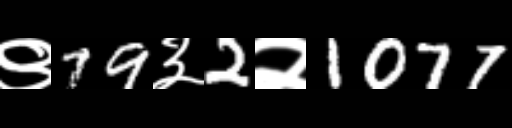
Text: ९79३2२1077